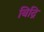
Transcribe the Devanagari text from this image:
बिद्रि